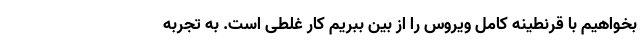
بخواهیم با قرنطینه کامل ویروس را از بین ببریم کار غلطی است. به تجربه